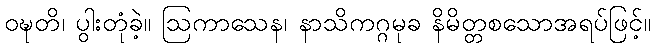
ဝဍ္ဎတိ၊ ပွါးတုံခဲ့။ ဩကာသေန၊ နာသိကဂ္ဂမုခ နိမိတ္တစသောအရပ်ဖြင့်။